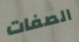
الصفات